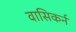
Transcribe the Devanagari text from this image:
वासिकर्न